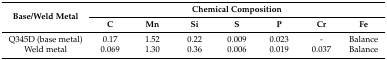
<table><thead><tr><td rowspan="2"><b>Base/Weld Metal</b></td><td colspan="7"><b>Chemical Composition</b></td></tr><tr><td><b>C</b></td><td><b>Mn</b></td><td><b>Si</b></td><td><b>S</b></td><td><b>P</b></td><td><b>Cr</b></td><td><b>Fe</b></td></tr></thead><tbody><tr><td>Q345D (base metal)</td><td>0.17</td><td>1.52</td><td>0.22</td><td>0.009</td><td>0.023</td><td>-</td><td>Balance</td></tr><tr><td>Weld metal</td><td>0.069</td><td>1.30</td><td>0.36</td><td>0.006</td><td>0.019</td><td>0.037</td><td>Balance</td></tr></tbody></table>